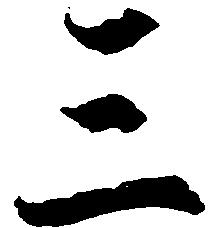
三